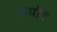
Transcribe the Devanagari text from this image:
अयॉट